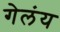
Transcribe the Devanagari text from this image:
गेलंय